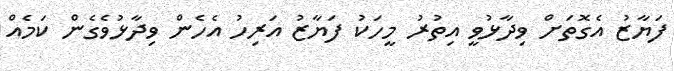
ފަޔާޒު އެގޮތަށް ވިދާޅުވީ އިތުރު މީހަކު ފަޔާޒު އަރިހު އެހެން ވިދާޅުވެގެން ކަމެއް